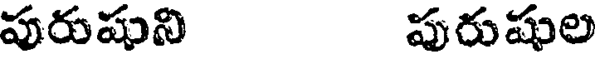
పురుషుని పురుషుల